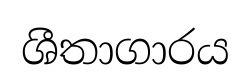
ශීතාගාරය